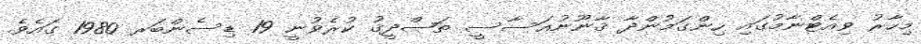
މިހާރު ވިއެޓްނާމުގައި ހިންގަމުންދާ ޤާނޫނުއަސާސީ ތަޞްދީޤު ކުރެވުނީ 19 ޑިސެންބަރ 1980 ގައެވެ.